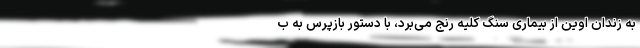
به زندان اوین از بیماری سنگ کلیه رنج می‌برد، با دستور بازپرس به ب